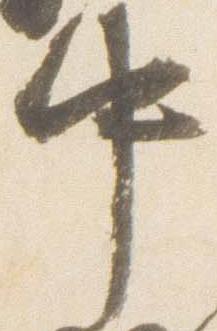
中